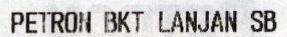
PETRON BKT LANJAN SB